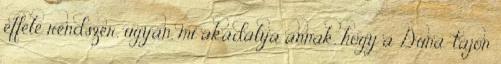
efféle rendszer, ugyan, mi akadálya annak, hogy a Duna-tájon